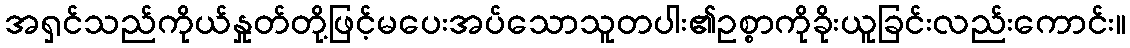
အရှင်သည်ကိုယ်နှုတ်တို့ဖြင့်မပေးအပ်သောသူတပါး၏ဥစ္စာကိုခိုးယူခြင်းလည်းကောင်း။